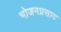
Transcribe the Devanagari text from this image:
भोजनप्रसाद